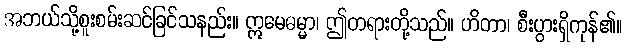
အဘယ်သို့စူးစမ်းဆင်ခြင်သနည်း။ ဣမေဓမ္မာ၊ ဤတရားတို့သည်။ ဟိတာ၊ စီးပွားရှိကုန်၏။